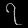
Digit: ၇